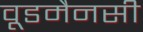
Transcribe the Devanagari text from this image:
वूडमैनसी